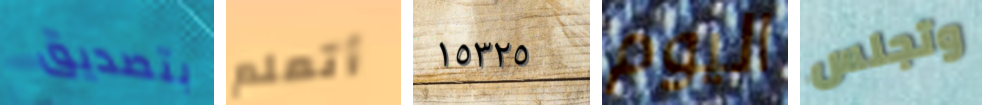
بتصديق أتعلم ١٥٣٢٥ اليوم وتجلس